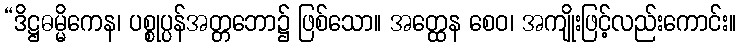
“ဒိဋ္ဌဓမ္မိကေန၊ ပစ္စုပ္ပန်အတ္တဘော၌ ဖြစ်သော။ အတ္ထေန စေဝ၊ အကျိုးဖြင့်လည်းကောင်း။